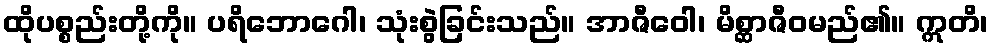
ထိုပစ္စည်းတို့ကို။ ပရိဘောဂေါ၊ သုံးစွဲခြင်းသည်။ အာဇီဝေါ၊ မိစ္ဆာဇီဝမည်၏။ ဣတိ၊